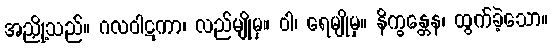
အညှို့သည်။ ဂလဝါဋကာ၊ လည်မျိုမှ။ ဝါ၊ ရေမျိုမှ။ နိက္ခန္တေန၊ ထွက်ခဲ့သော။